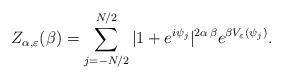
LaTeX: \begin{align*}Z_{\alpha,\varepsilon}(\beta) = \sum\limits_{j=-N/2}^{N/2} |1+e^{i\psi_j}|^{2\alpha\,\beta} e^{\beta V_\varepsilon(\psi_j)}.\end{align*}